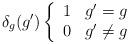
LaTeX: \begin{align*}\delta_g(g')\left\{\begin{array}{c l} 1 & g'=g\\ 0 & g' \ne g\end{array}\right.\end{align*}